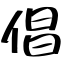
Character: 倡